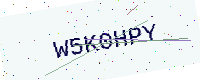
Text: W5K0HPY